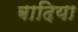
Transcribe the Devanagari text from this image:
बादिया